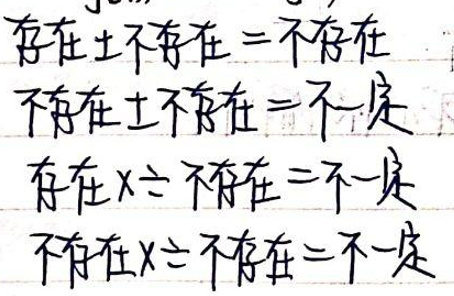
存在 $\pm$ 不存在 $=$ 不存在
不存在 $\pm$ 不存在 $=$ 不一定
存在 $\times\div$ 不存在 $=$ 不一定
不存在 $\times\div$ 不存在 $=$ 不一定